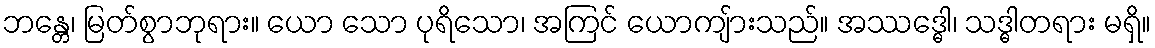
ဘန္တေ၊ မြတ်စွာဘုရား။ ယော သော ပုရိသော၊ အကြင် ယောကျ်ားသည်။ အဿဒ္ဓေါ၊ သဒ္ဓါတရား မရှိ။